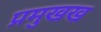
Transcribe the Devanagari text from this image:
प्रमुखख